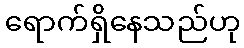
ရောက်ရှိနေသည်ဟု